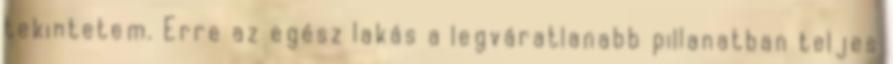
tekintetem. Erre az egész lakás a legváratlanabb pillanatban teljes